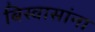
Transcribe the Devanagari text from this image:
बिस्वासांना